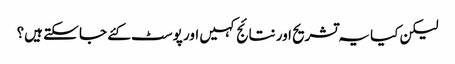
لیکن کیا یہ تشریح اور نتائج کہیں اور پوسٹ کئے جا سکتے ہیں؟